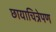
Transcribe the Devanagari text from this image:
छायाचित्रेपण